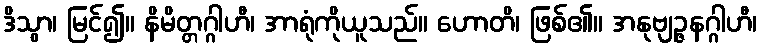
ဒိသွာ၊ မြင်၍။ နိမိတ္တဂ္ဂါဟီ၊ အာရုံကိုယူသည်။ ဟောတိ၊ ဖြစ်၏။ အနုဗျဉ္ဇနဂ္ဂါဟီ၊